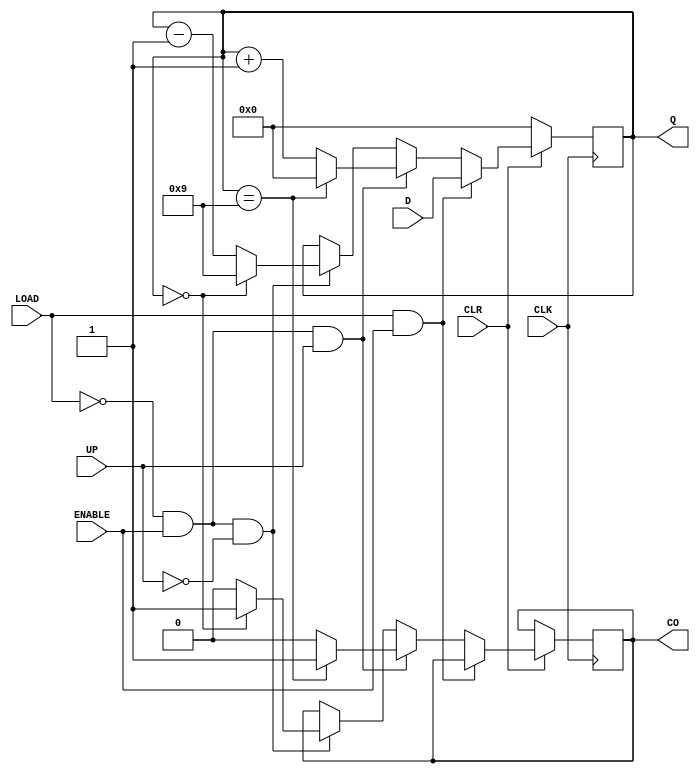
module BCDCounterA(CLK, D, ENABLE, LOAD, UP, CLR, Q, CO);

input CLK, ENABLE, LOAD, UP, CLR;
input [3:0] D;

output reg CO;
output reg [3:0] Q;

initial begin
	Q <= 4'd0;
	CO <= 1'b0;
end

always @ (posedge CLK) begin
	if(CLR == 1) begin
		if(LOAD == 1 && ENABLE == 1) begin
			Q <= D;
		end
		else if(LOAD == 0 && ENABLE == 1 && UP == 1) begin
			Q <= Q + 4'd1;
			if(Q == 4'd9) begin
				Q <= 4'd0;
				CO <= 1'b1;
			end
			else begin
				CO <= 1'b0;
			end
		end
		else if(LOAD == 0 && ENABLE == 1 && UP == 0) begin
			Q <= Q - 4'd1;
			if(Q == 4'd0) begin
				Q <= 4'd9;
				CO <= 1'b1;
			end
			else begin
				CO <= 1'b0;
			end
		end
	end
	else begin
		Q <= 4'd0;
	end
end

endmodule